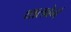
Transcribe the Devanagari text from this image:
थालबेर्ग